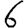
Digit: 6